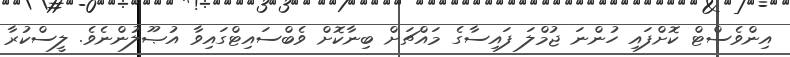
އިންވެސްޓް ކޮށްފައި ހުންނަ ޖުމްލަ ފައިސާގެ މައްޗަށް ބިނާކޮށް ވެބްސައިޓްގައިވާ އުޞޫލުންނެވެ. ލީސްކުރާ